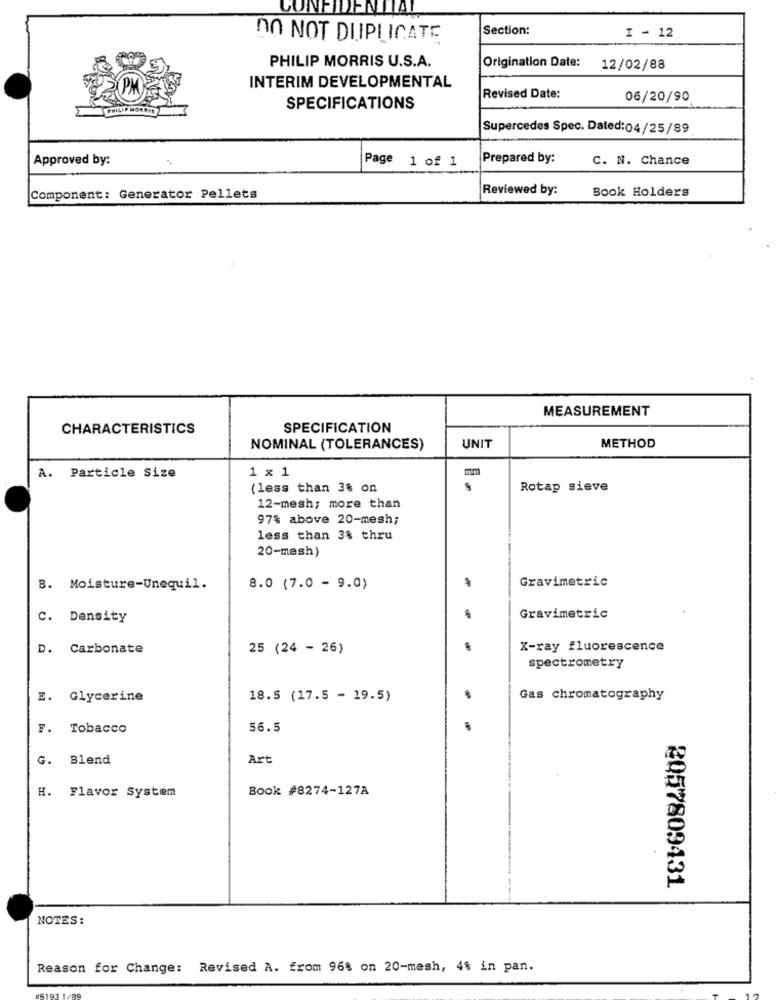
CONFIDENTIAL
Section:
I - 12
DO NOT DUPLICATE
Origination Date:
PHILIP MORRIS U.S.A.
12/02/88
INTERIM DEVELOPMENTAL
Revised Date:
06/20/90
SPECIFICATIONS
Supercedes Spec. Dated:04/25/89
Approved by:
Prepared by:
C. N. Chance
Page 1 of 1
Reviewed by:
Book Holders
Component: Generator Pellets
MEASUREMENT
CHARACTERISTICS
SPECIFICATION
NOMINAL (TOLERANCES)
UNIT
METHOD
1 x 1
mm
A. Particle Size
(less than 3% on
Rotap sieve
12-mesh; more than
97% above 20-mesh;
less than 3$ thru
20-mesh)
$
Gravimetric
B. Moisture-Unequil.
8.0 (7.0 - 9.0)
C. Density
Gravimetric
D. Carbonate
25 (24 - 26)
X-ray fluorescence
spectrometry
E. Glycerine
18.5 (17.5 - 19.5)
Gas chromatography
F. Tobacco
56.5
G. Blend
Art
H. Flavor System
Book #8274-127A
---
2057809431
NOTES :
Reason for Change: Revised A. from 96% on 20-mesh, 4% in pan.